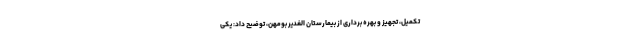
تکمیل، تجهیز و بهره برداری از بیمارستان الغدیر بومهن، توضیح داد: یکی